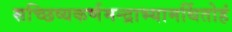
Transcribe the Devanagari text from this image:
सच्छिष्यकर्णमन्द्राभ्यामर्थितोहं